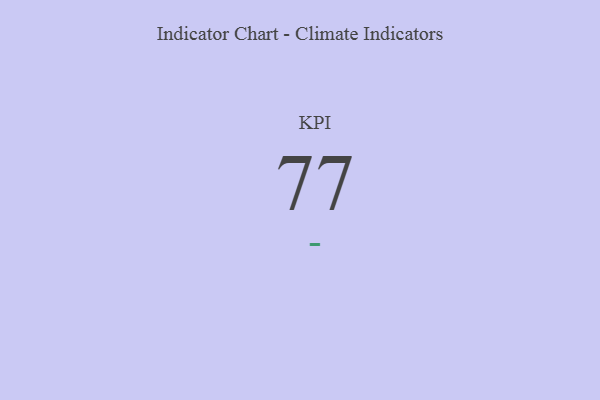
{"axis": {"x": "KPI", "y": "Value"}, "legend": [""], "data": [{"x": "KPI", "y": 77, "type": ""}]}